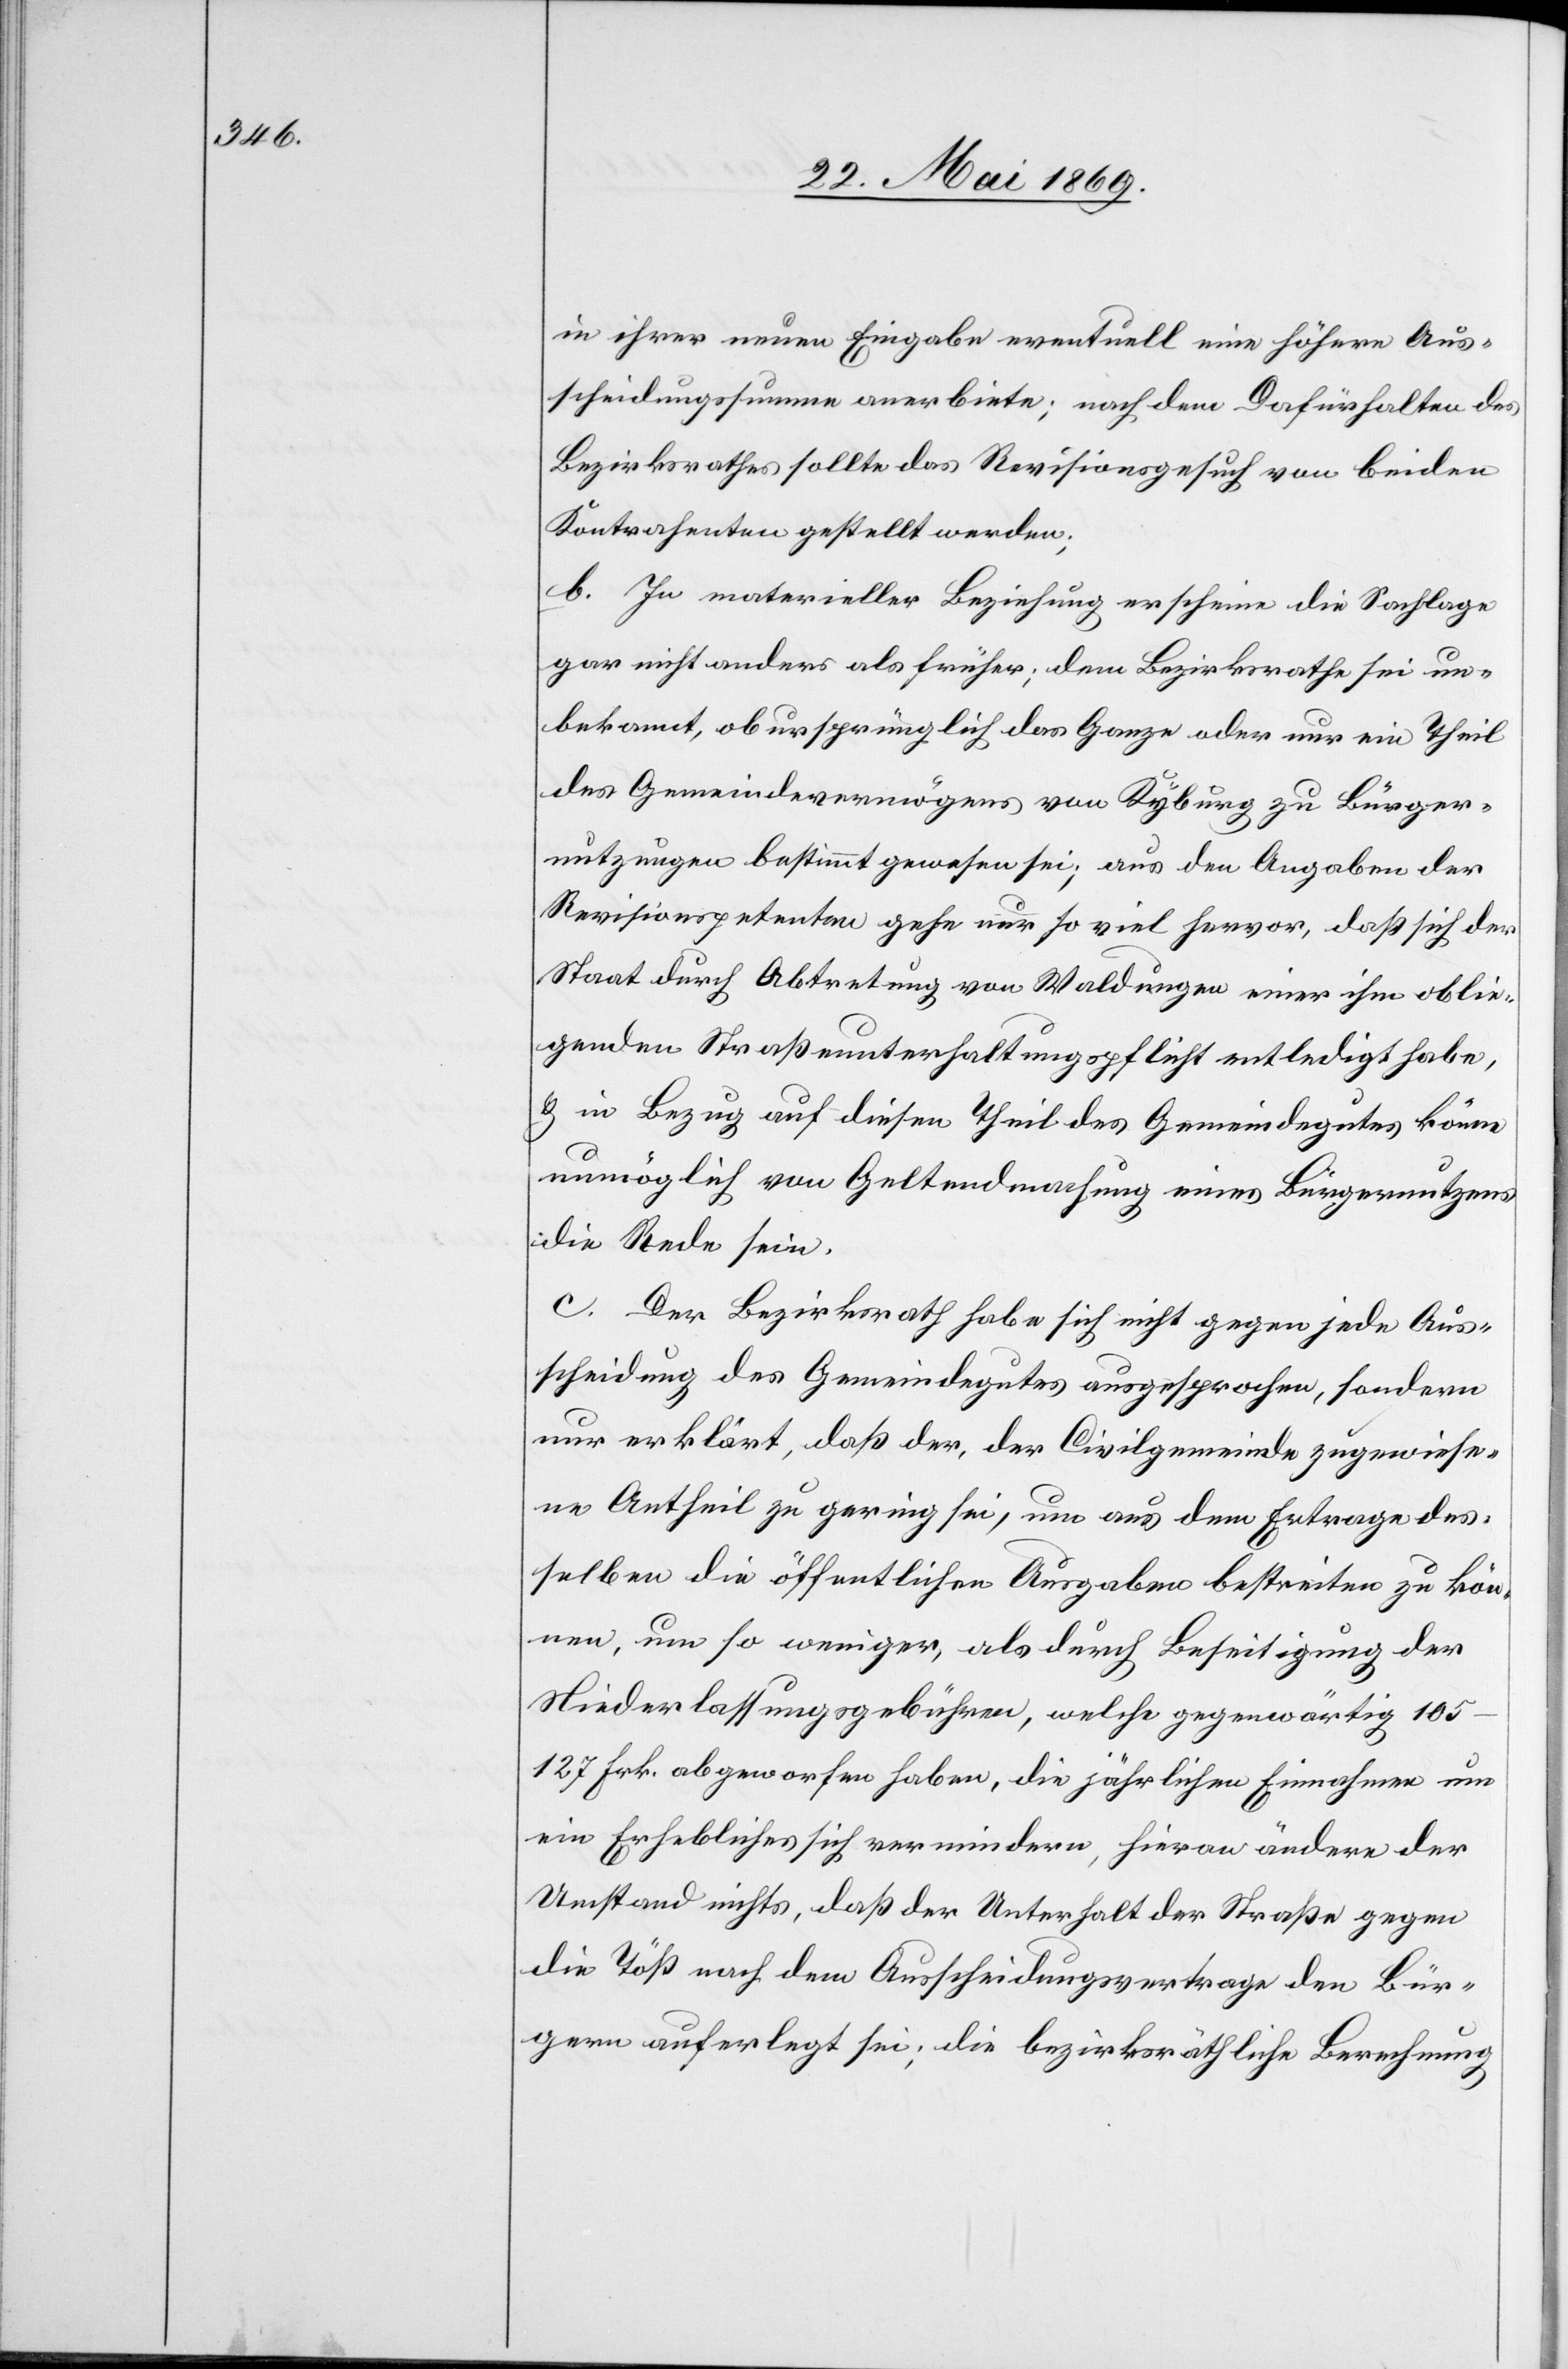
in ihrer neuen Eingabe eventuell eine höhere Aus¬
scheidungssumme anerbiete, nach dem Dafürhalten des
Bezirksrathes sollte das Revisionsgesuch von beiden
Kontrahenten gestellt werden;
b. In materieller Beziehung erscheine die Sachlag¬
e nicht anders als früher; dem Bezirksrathe sei un¬
bekannt, ob ursprünglich das Ganze oder ein Theil
des Gemeindevermögens von Kyburg zu Bürger¬
nutzungen bestimmt gewesen sei; aus den Ausgaben der
Revisionspetenten gehe nur so viel hervor, daß sich der
Staat durch Abtretung von Waldungen einer ihm oblie¬
genden Straßenunterhaltspflicht entledigt habe,
u. in Bezug auf diesen Theil Gemeindegutes könne
unmöglich von Geltendmachung eines Bürgernutzens
die Rede sein.
c. Der Bezirksrath habe sich nicht gegen jede Aus¬
scheidung des Gemeindgutes ausgesprochen, sondern
nur erklärt, daß der, der Civilgemeinde zugewiese¬
ne Antheil zu gering sei, um aus dem Ertrage des¬
selben die öffentlichen Ausgaben bestreiten zu kön¬
nen, um so weniger, als durch Beseitigung der
Niederlassungsgebühren, welche gegenwärtig 105–127
Frk. abgeworfen haben, die jährlichen Einnahmen um
ein Erhebliches sich vermindern, hieran ändere der
Umstand nichts, daß der Unterhalt der Straße gegen
die Töß nach dem Ausscheidungsvertrage den Bür¬
gern auferlegt sei; die bezirksräthliche Berechnung